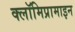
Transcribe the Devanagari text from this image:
क्लॉमिप्रामाइन